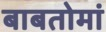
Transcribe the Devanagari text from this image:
बाबतोमां